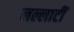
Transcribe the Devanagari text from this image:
लल्लाटीं